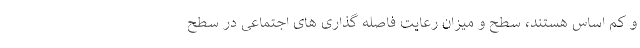
و کم اساس هستند، سطح و میزان رعایت فاصله گذاری های اجتماعی در سطح